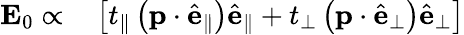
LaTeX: \begin{array}{rl}{\mathbf{E}_{0}\propto}&{{}\left[t_{\parallel}\left(\mathbf{p}\cdot\hat{\mathbf{e}}_{\parallel}\right)\hat{\mathbf{e}}_{\parallel}+t_{\perp}\left(\mathbf{p}\cdot\hat{\mathbf{e}}_{\perp}\right)\hat{\mathbf{e}}_{\perp}\right]}\end{array}